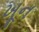
ખૂન